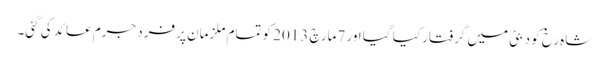
شاہ رخ کو دبئی میں گرفتار کیا گیا اور 7مارچ 2013 کو تمام ملزمان پر فرد جرم عائد کی گئی۔